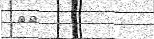
٢٨